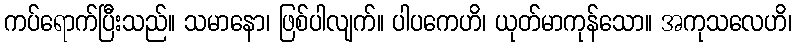
ကပ်ရောက်ပြီးသည်။ သမာနော၊ ဖြစ်ပါလျက်။ ပါပကေဟိ၊ ယုတ်မာကုန်သော။ အကုသလေဟိ၊